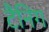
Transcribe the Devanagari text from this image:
टैनिग